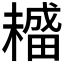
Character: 𤳡